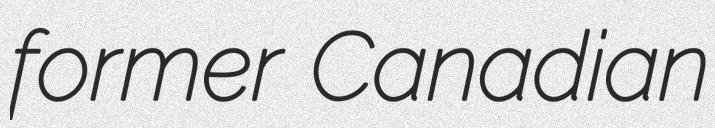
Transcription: former Canadian